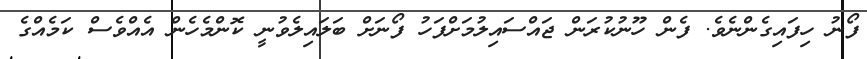
ފޯނު ހިފައިގެންނެވެ. ފެން ހޫނުކުރަން ޖައްސައިލުމަށްފަހު ފޯނަށް ބަލައިލެވުނީ ކޮންމެހެން އެއްވެސް ކަމެއްގެ